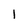
Character: 1